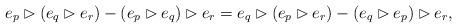
LaTeX: \begin{align*}e_p\rhd(e_q\rhd e_r)-(e_p\rhd e_q)\rhd e_r = e_q\rhd(e_p\rhd e_r)-(e_q\rhd e_p)\rhd e_r, \end{align*}